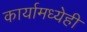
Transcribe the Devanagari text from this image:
कार्यामध्येही